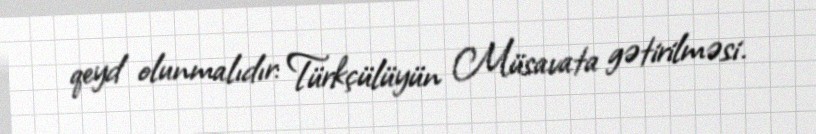
qeyd olunmalıdır: Türkçülüyün Müsavata gətirilməsi.